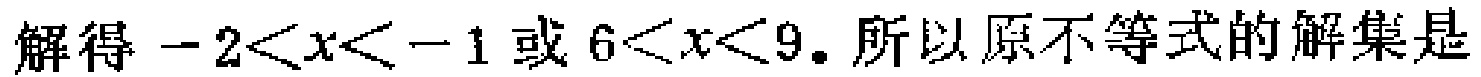
解得\(-2<x<-1\)或\(6<x<9\). 所以原不等式的解集是